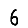
Digit: 6